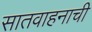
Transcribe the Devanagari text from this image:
सातवाहनाची